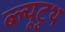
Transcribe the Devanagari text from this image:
ब्ल्यूटुथ